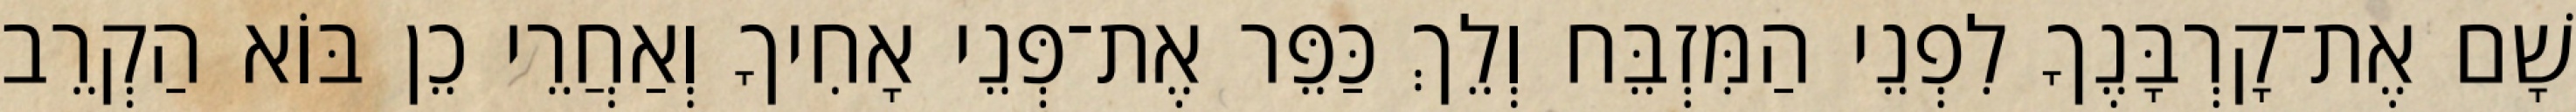
שָׁם אֶת־קָרְבָּנֶךָ לִפְנֵי הַמִּזְבֵּח וְלֵךְ כַּפֵּר אֶת־פְּנֵי אָחִיךָ וְאַחֲרֵי כֵן בּוֹא הַקְרֵב